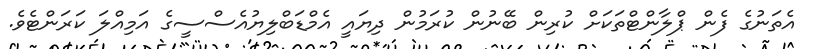
އެތަނުގެ ފެން ޕްލާންޓްތަކަށް ކުރިން ބޭނުން ކުރަމުން ދިޔައީ އެމްޑަބްލިޔުއެސްސީގެ އަމިއްލަ ކަރަންޓެވެ.